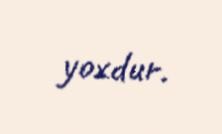
yoxdur.